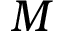
M